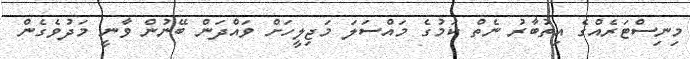
މިނިސްޓަރެއްގެ އިތުބާރު ނެތް ކަމުގެ މައްސަލަ މަޖިލީހަށް ވައްދަން ބޭނުން ވާނީ މަދުވެގެން